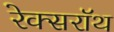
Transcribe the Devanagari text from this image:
रेक्सरॉथ